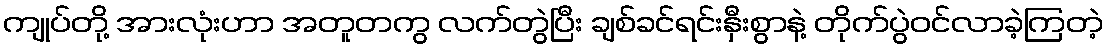
ကျုပ်တို့ အားလုံးဟာ အတူတကွ လက်တွဲပြီး ချစ်ခင်ရင်းနှီးစွာနဲ့ တိုက်ပွဲဝင်လာခဲ့ကြတဲ့